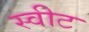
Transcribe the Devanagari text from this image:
स्‍वीट